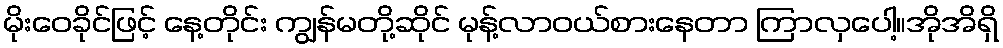
မိုးဝေခိုင်ဖြင့် နေ့တိုင်း ကျွန်မတို့ဆိုင် မုန့်လာဝယ်စားနေတာ ကြာလှပေါ့။အိုအိရှိ